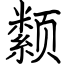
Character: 颣